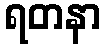
ရတနာ